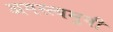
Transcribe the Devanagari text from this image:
अगस्त्यमुनी